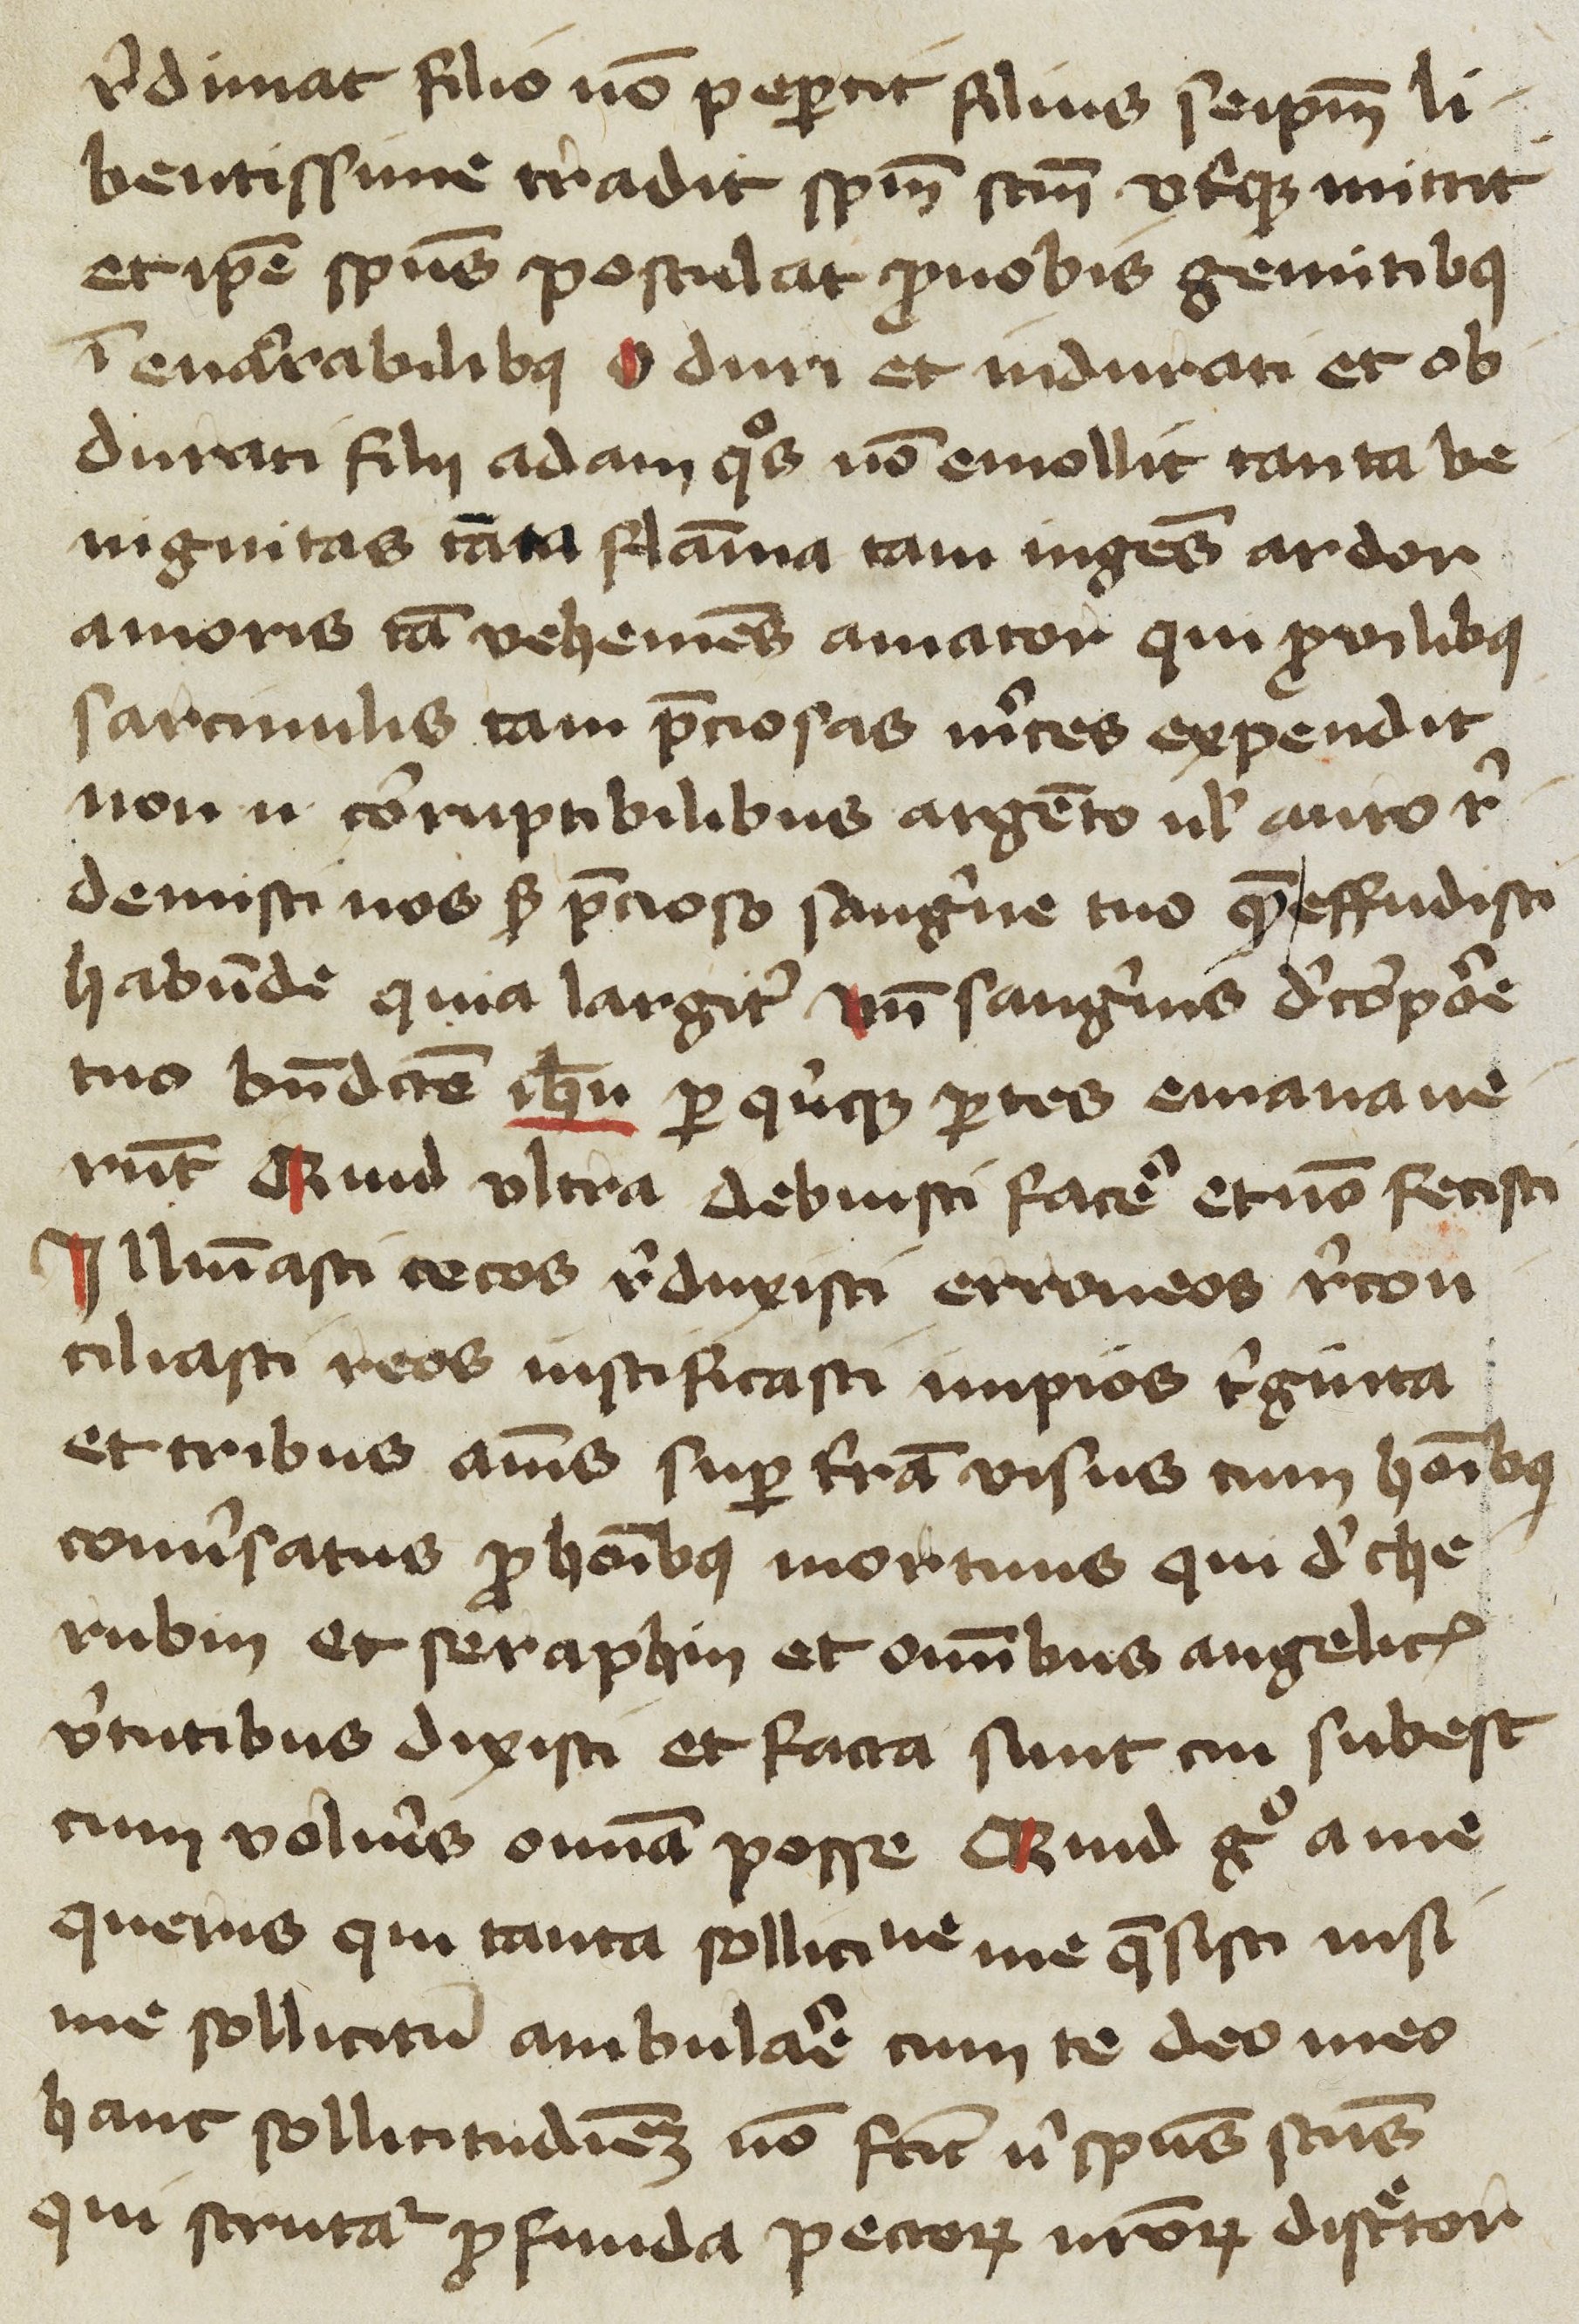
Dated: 1400–1449